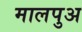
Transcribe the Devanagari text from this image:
मालपुअ